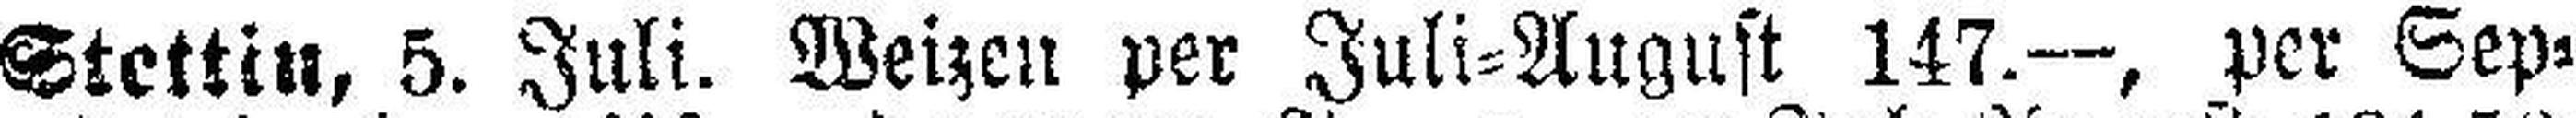
Stettin, 5. Juli. Weizen per Juli=August 147.—, per Sep¬